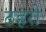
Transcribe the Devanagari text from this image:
ठहरो